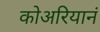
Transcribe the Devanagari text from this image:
कोअरियानं